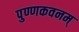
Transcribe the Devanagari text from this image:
पुण्णकवनम्